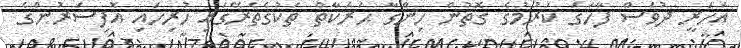
އަހަރީ ދުވަސް ފާހަގަ ކުރުމުގެ ގޮތުން ހިންގާ ޙަރަކާތް ތަކުގެތެރޭގައި ހުރިހައި އޮފިސަރުންގެ